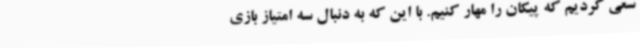
سعی کردیم که پیکان را مهار کنیم. با این که به دنبال سه امتیاز بازی